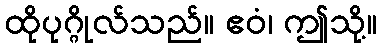
ထိုပုဂ္ဂိုလ်သည်။ ဧဝံ၊ ဤသို့။